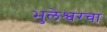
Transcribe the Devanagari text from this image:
भुलेश्वरचा